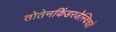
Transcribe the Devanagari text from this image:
तोतेनकिंडरजेस्चिचते